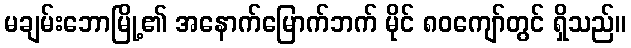
မချမ်းဘောမြို့၏ အနောက်မြောက်ဘက် မိုင် ၈၀ကျော်တွင် ရှိသည်။